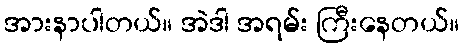
အားနာပါတယ်။ အဲဒါ အရမ်း ကြီးနေတယ်။